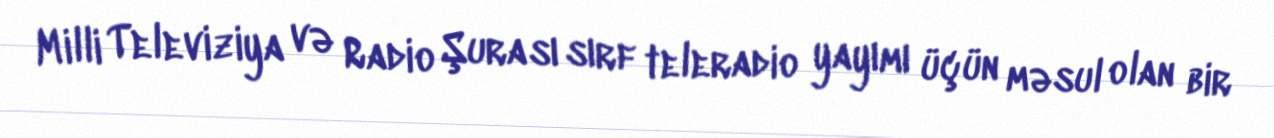
Milli Televiziya və Radio Şurası sırf teleradio yayımı üçün məsul olan bir